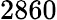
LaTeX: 2860